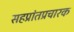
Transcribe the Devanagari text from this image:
सहप्रांतप्रचारक